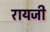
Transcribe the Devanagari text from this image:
रायजी